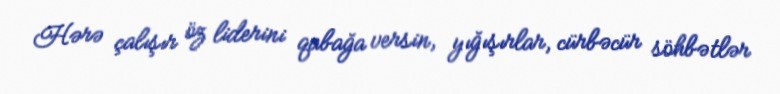
Hərə çalışır öz liderini qabağa versin, yığışırlar, cürbəcür söhbətlər